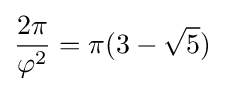
{\frac {2\pi }{\varphi ^{2}}}=\pi (3-{\sqrt {5}})